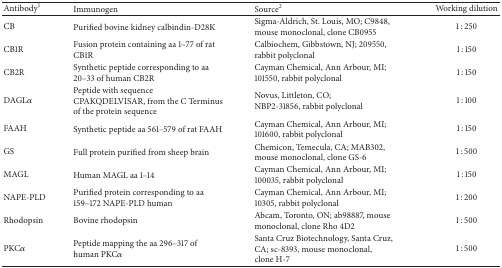
| Antibody1 | Immunogen | Source2 | Working dilution |
 | --- | --- | --- | --- |
 | CB | Purified bovine kidney calbindin-D28K | Sigma-Aldrich, St. Louis, MO; C9848, mouse monoclonal, clone CB0955 | 1 : 250 |
 | CB1R | Fusion protein containing aa 1–77 of ratCB1R | Calbiochem, Gibbstown, NJ; 209550, rabbit polyclonal | 1 : 150 |
 | CB2R | Synthetic peptide corresponding to aa20–33 of human CB2R | Cayman Chemical, Ann Arbour, MI;101550, rabbit polyclonal | 1 : 150 |
 | DAGLα | Peptide with sequence CPAKQDELVISAR, from the C Terminus of the protein sequence | Novus, Littleton, CO;NBP2-31856, rabbit polyclonal | 1 : 100 |
 | FAAH | Synthetic peptide aa 561–579 of rat FAAH | Cayman Chemical, Ann Arbour, MI; 101600, rabbit polyclonal | 1 : 150 |
 | GS | Full protein purified from sheep brain | Chemicon, Temecula, CA; MAB302,mouse monoclonal, clone GS-6 | 1 : 500 |
 | MAGL | Human MAGL aa 1–14 | Cayman Chemical, Ann Arbour, MI; 100035, rabbit polyclonal | 1 : 150 |
 | NAPE-PLD | Purified protein corresponding to aa 159–172 NAPE-PLD human | Cayman Chemical, Ann Arbour, MI; 10305, rabbit polyclonal | 1 : 200 |
 | Rhodopsin | Bovine rhodopsin | Abcam, Toronto, ON; ab98887, mouse monoclonal, clone Rho 4D2 | 1 : 500 |
 | PKCα | Peptide mapping the aa 296–317 ofhuman PKCα | Santa Cruz Biotechnology, Santa Cruz,CA; sc-8393, mouse monoclonal,clone H-7 | 1 : 500 |